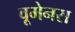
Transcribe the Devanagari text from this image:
वूमेनस